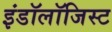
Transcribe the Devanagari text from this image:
इंडॉलॉजिस्ट